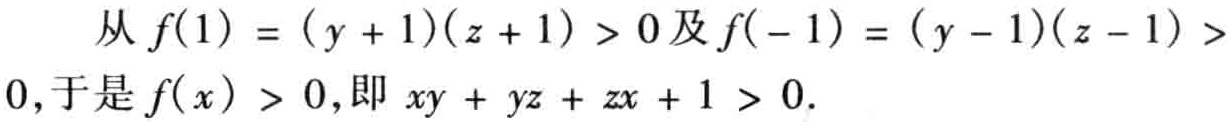
从 \(f(1) = (y + 1)(z + 1) > 0\)及\(f(-1) = (y - 1)(z - 1) > 0\)，于是\(f(x) > 0\)，即 \(xy + yz + zx + 1 > 0\)。